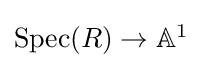
{\textstyle \mathrm {Spec} (R)\to \mathbb {A} ^{1}}